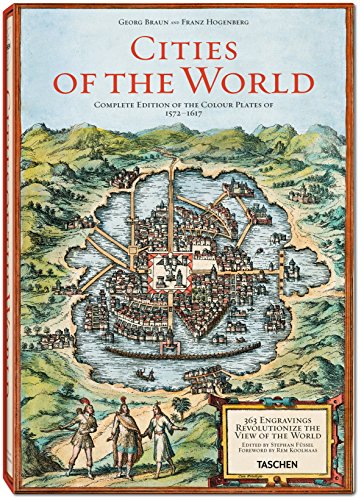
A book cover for Braun/Hogenberg: Cities of the World; Stephan FÃ¼ssel; Reference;